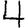
Digit: 4